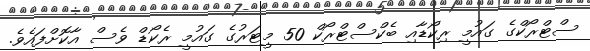
ސްޓްރޯކްގެ ގައުމީ ރިކޯޑާއި ބެކްސްޓްރޯކް 50 މީޓަރުގެ ގައުމީ ރެކޯޑް ވެސް އާކޮށްފައެވެ.